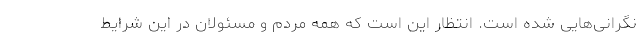
نگرانی‌هایی شده است. انتظار این است که همه مردم و مسئولان در این شرایط